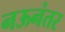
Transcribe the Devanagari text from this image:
नऊनंतर